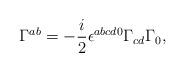
LaTeX: \begin{align*}\Gamma^{ab} = -\frac i2\epsilon^{abcd0}\Gamma_{cd}\Gamma_0,\end{align*}